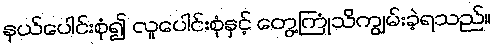
နယ်ပေါင်းစုံ၍ လူပေါင်းစုံနှင့် တွေ့ကြုံသိကျွမ်းခဲ့ရသည်။